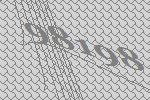
98198